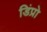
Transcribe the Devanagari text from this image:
डिंप्रो